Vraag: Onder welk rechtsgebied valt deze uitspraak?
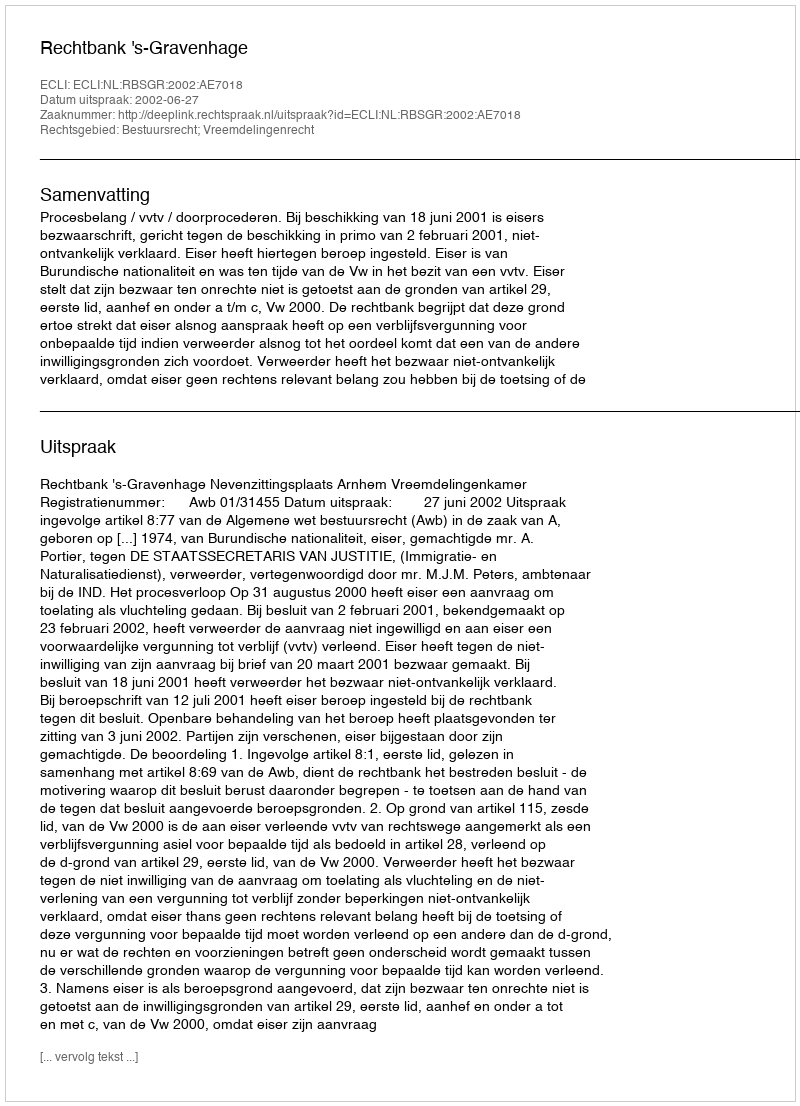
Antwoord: Bestuursrecht; Vreemdelingenrecht